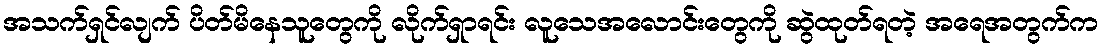
အသက်ရှင်လျက် ပိတ်မိနေသူတွေကို လိုက်ရှာရင်း လူသေအလောင်းတွေကို ဆွဲထုတ်ရတဲ့ အရေအတွက်က